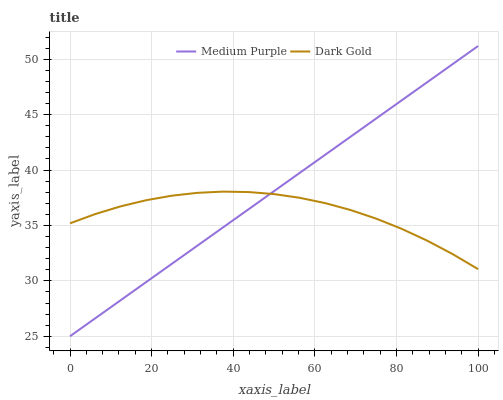
| xaxis_label | Medium Purple | Dark Gold |
 | --- | --- | --- |
 | 0 | 25 | 35.2 |
 | 6.25 | 26.6 | 36 |
 | 12.5 | 28.3 | 36.7 |
 | 18.8 | 29.9 | 37.3 |
 | 25 | 31.5 | 37.7 |
 | 31.2 | 33.2 | 37.9 |
 | 37.5 | 34.8 | 38.1 |
 | 43.8 | 36.5 | 38 |
 | 50 | 38.1 | 37.8 |
 | 56.2 | 39.7 | 37.5 |
 | 62.5 | 41.4 | 37 |
 | 68.8 | 43 | 36.4 |
 | 75 | 44.6 | 35.6 |
 | 81.2 | 46.3 | 34.7 |
 | 87.5 | 47.9 | 33.6 |
 | 93.8 | 49.6 | 32.4 |
 | 100 | 51.2 | 31.1 |